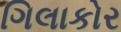
ગિલાકોર